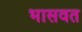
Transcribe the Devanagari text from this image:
भासवत